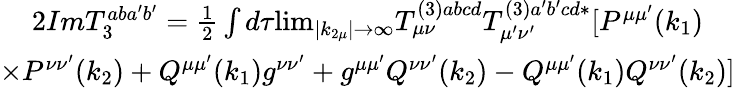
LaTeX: \begin{array}{c}{{2ImT_{3}^{aba^{\prime}b^{\prime}}=\frac 12\int d\tau{\operatorname*{lim}_{\left|k_{2\mu}\right|\rightarrow\infty}}T_{\mu\nu}^{(3)abcd}T_{\mu^{\prime}\nu^{\prime}}^{(3)a^{\prime}b^{\prime}cd*}[P^{\mu\mu^{\prime}}(k_{1})}}\\ {{\times P^{\nu\nu^{\prime}}(k_{2})+Q^{\mu\mu^{\prime}}(k_{1})g^{\nu\nu^{\prime}}+g^{\mu\mu^{\prime}}Q^{\nu\nu^{\prime}}(k_{2})-Q^{\mu\mu^{\prime}}(k_{1})Q^{\nu\nu^{\prime}}(k_{2})]}}\end{array}